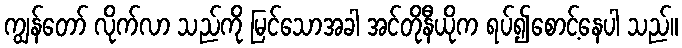
ကျွန်တော် လိုက်လာ သည်ကို မြင်သောအခါ အင်တိုနီယိုက ရပ်၍စောင့်နေပါ သည်။